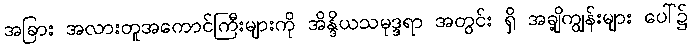
အခြား အလားတူအကောင်ကြီးများကို အိန္ဒိယသမုဒ္ဒရာ အတွင်း ရှိ အချို့ကျွန်းများ ပေါ်၌